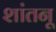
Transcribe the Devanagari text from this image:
शांतनू